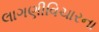
લાગણીવિચારના